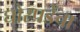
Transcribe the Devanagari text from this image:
घोरपडेंचा